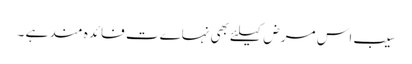
سیب اس مرض کیلئے بھی نہاےت فائدہ مند ہے ۔